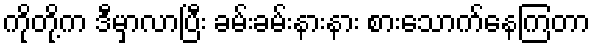
ကိုတို့က ဒီမှာလာပြီး ခမ်းခမ်းနားနား စားသောက်နေကြတာ